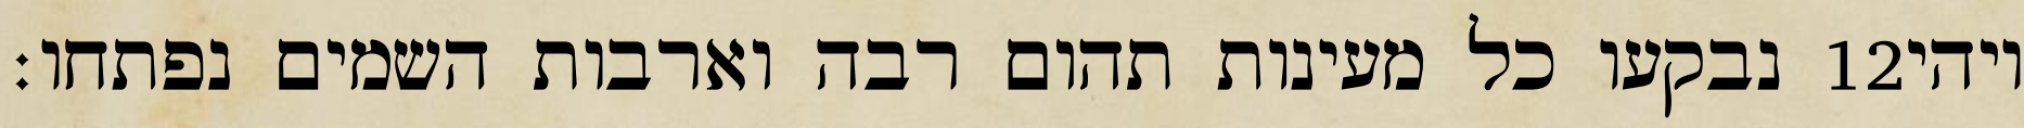
נבקעו כל מעינות תהום רבה וארבות השמים נפתחו׃ ‎12‏ ויהי